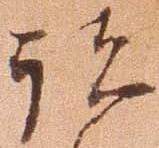
諸